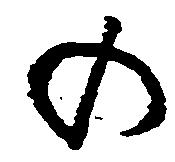
の